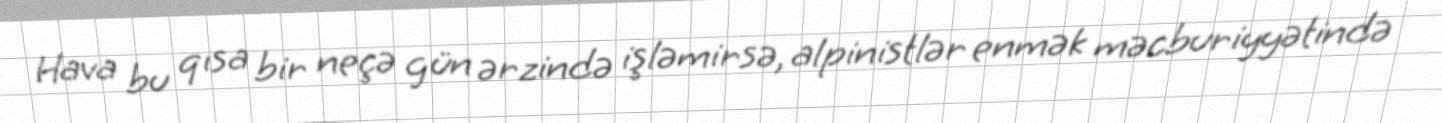
Hava bu qısa bir neçə gün ərzində işləmirsə, alpinistlər enmək məcburiyyətində